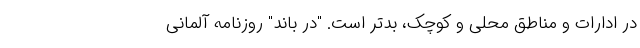
در ادارات و مناطق محلی و کوچک، بدتر است. "دِر باند" روزنامه آلمانی